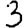
Digit: 3